Code of medical and sanitary regulations for the guidance of medical officers serving in the Madras Presidency - Volume I
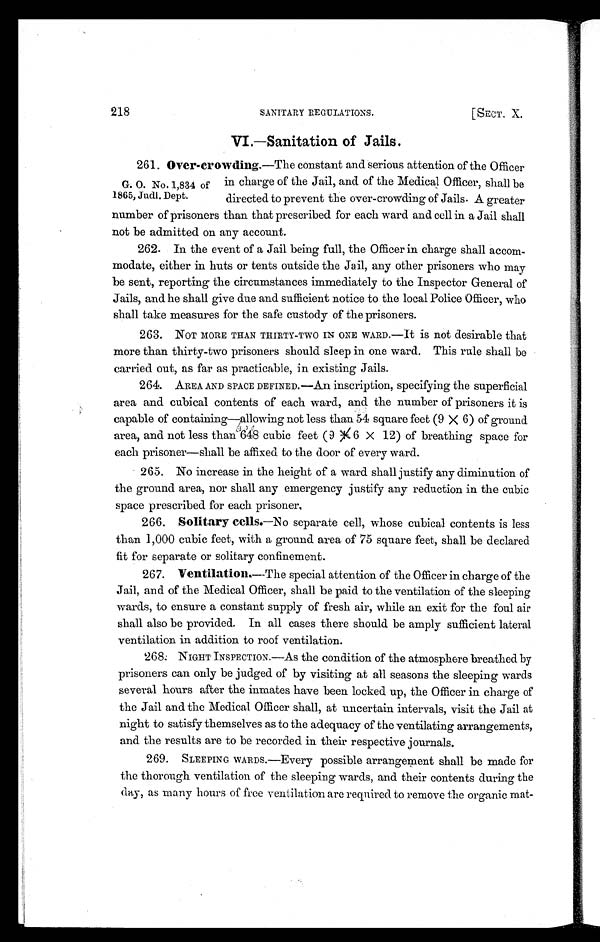
218
SANITARY REGULATIONS.
[SECT. X.
V I . — S a n i t a t i o n o f J a i l s .
G. O. No. 1,834 of
18G5, Judi. Dept.
2 6 1 .
O v e r - c r o w d i n g .
—The constant and serious attention of the Officer
in charge of the Jail, and of the Medical Officer, shall be
directed to prevent the over-crowding of Jails. A greater
number of prisoners than that prescribed for each ward and cell in a Jail shall
not be admitted on any account.
262. In the event of a Jail being full, the Officer in charge shall accom-
modate, either in huts or tents outside the Jail, any other prisoners who may
be sent, reporting the circumstances immediately to the Inspector General of
Jails, and he shall give due and sufficient notice to the local Police Officer, who
shall take measures for the safe custody of the prisoners.
263. NOT MORE THAN THIRTY-TWO IN ONE WARD.—It is not desirable that
more than thirty-two prisoners should sleep in one ward. This rule shall be
carried out, as far as practicable, in existing Jails.
264. AREA AND SPACE DEFINED.—An inscription, specifying the superficial
area and cubical contents of each ward, and the number of prisoners it is
capable of containing—allowing not less than 54 square feet (9 x 6) of ground
area, and not less than 648 cubic feet (9 x 6 x 12) of breathing space for
each prisoner—shall be affixed to the door of every ward.
265. No increase in the height of a ward shall justify any diminution of
the ground area, nor shall any emergency justify any reduction in the cubic
space prescribed for each prisoner,
266. Solitary cells.—No separate cell, whose cubical contents is less
than 1,000 cubic feet, with a ground area of 75 square feet, shall be declared
fit for separate or solitary confinement.
267. Ventilation.— The special attention of the Officer in charge of the
Jail, and of the Medical Officer, shall be paid to the ventilation of the sleeping
wards, to ensure a constant supply of fresh air, while an exit for the foul air
shall also be provided. In all cases there should be amply sufficient lateral
ventilation in addition to roof ventilation.
268. NIGHT INSPECTION.—As the condition of the atmosphere breathed by
prisoners can only be judged of by visiting at all seasons the sleeping wards
several hours after the inmates have been locked up, the Officer in charge of
the Jail and the Medical Officer shall, at uncertain intervals, visit the Jail at
night to satisfy themselves as to the adequacy of the ventilating arrangements,
and the results are to be recorded in their respective journals.
269. SLEEPING WARDS.—Every possible arrangement shall be made for
the thorough ventilation of the sleeping wards, and their contents during the
day, as many hours of free ventilation are required to remove the organic mat-